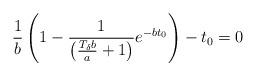
LaTeX: \begin{align*}\frac{1}{b}\left(1-\frac{1}{\left(\frac{T_{\delta}b}{a} + 1\right)}e^{-bt_0}\right)-t_0=0\end{align*}